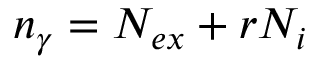
n _ { \gamma } = N _ { e x } + r N _ { i }